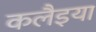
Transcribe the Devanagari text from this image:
कलैइया